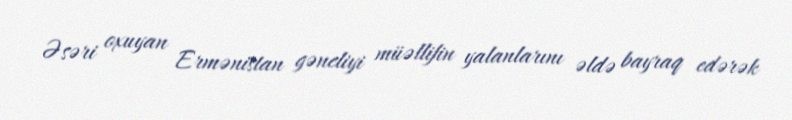
Əsəri oxuyan Ermənistan gəncliyi müəllifin yalanlarını əldə bayraq edərək